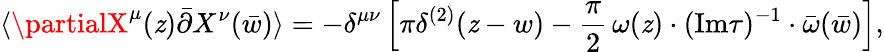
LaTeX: \langle\partialX^{\mu}(\mathit{z})\bar{{\partial}}X^{\nu}(\bar{{w}})\rangle=-\delta^{\mu\nu}\left[\pi\delta^{(2)}(\mathit{z}-w)-{\frac{{\pi}}{{2}}}\, \omega(\mathit{z})\cdot(\mathrm{{Im}}\tau)^{-1}\cdot\bar{{\omega}}(\bar{{w}})\right],